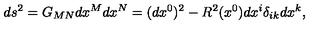
d s ^ { 2 } = G _ { M N } d x ^ { M } d x ^ { N } = ( d x ^ { 0 } ) ^ { 2 } - R ^ { 2 } ( x ^ { 0 } ) d x ^ { i } \delta _ { i k } d x ^ { k } ,